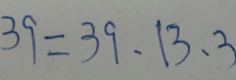
3 9 = 3 9 , 1 3 , 3